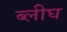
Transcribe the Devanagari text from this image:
ब्लीघ